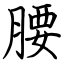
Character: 腰